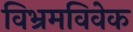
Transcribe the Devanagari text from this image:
विभ्रमविवेक